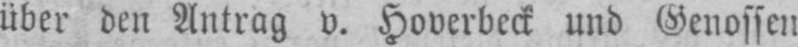
über den Antrag v. Hoverbeck und Genossen